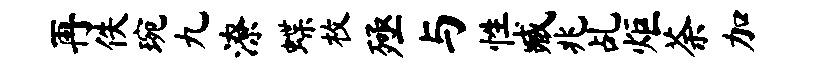
再佚琬九潦蝶枚殛与性臧兆乩炬荼加